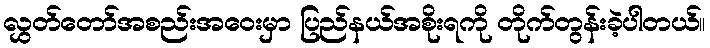
လွှတ်တော်အစည်းအဝေးမှာ ပြည်နယ်အစိုးရကို တိုက်တွန်းခဲ့ပါတယ်။